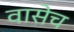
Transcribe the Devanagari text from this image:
वासेच